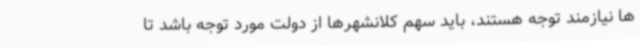
ها نیازمند توجه هستند، باید سهم کلانشهرها از دولت مورد توجه باشد تا